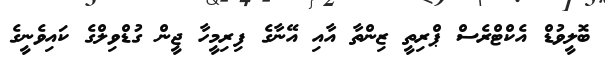
ބޮލީވުޑް އެކްޓްރެސް ޕްރިތީ ޒިންތާ އާއި އޭނާގެ ފިރިމީހާ ޖީން ގުޑްވިލްގެ ކައިވެނީގެ